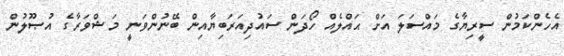
އެހެންކަމުން ސީރިޔާގެ މައްސަލަ އަށް ޙައްލެއް ހޯދަން ސައުދިއަރަބިޔާއިން ބޭނުންވަނީ މަޝްވަރާގެ އުޞޫލުން